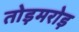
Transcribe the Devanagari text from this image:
तोड़मरोड़